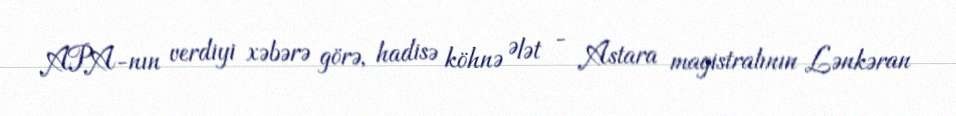
APA-nın verdiyi xəbərə görə, hadisə köhnə Ələt - Astara magistralının Lənkəran